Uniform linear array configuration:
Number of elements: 4
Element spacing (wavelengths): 0.25
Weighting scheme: exponential
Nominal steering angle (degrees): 15
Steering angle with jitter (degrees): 13.655
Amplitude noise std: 0.05
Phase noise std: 0.05

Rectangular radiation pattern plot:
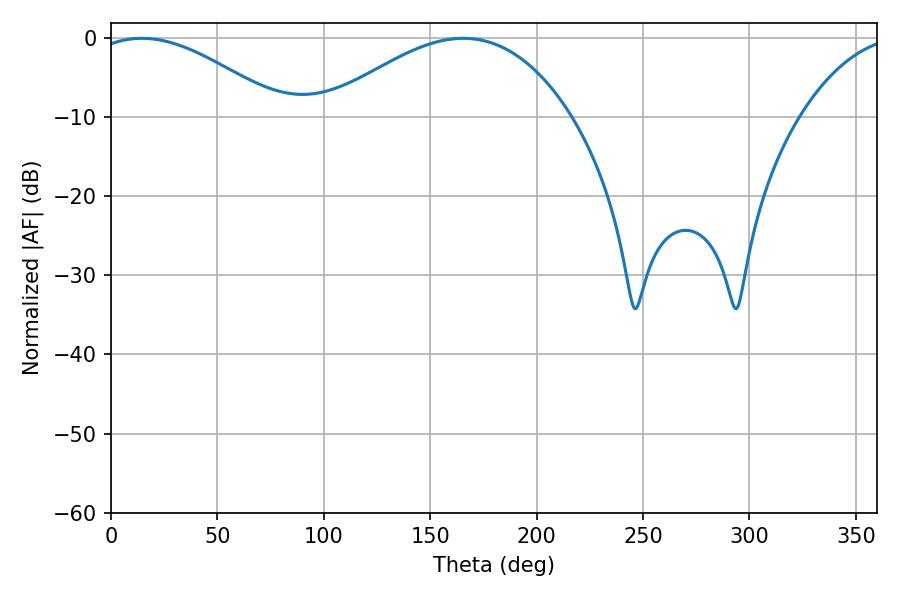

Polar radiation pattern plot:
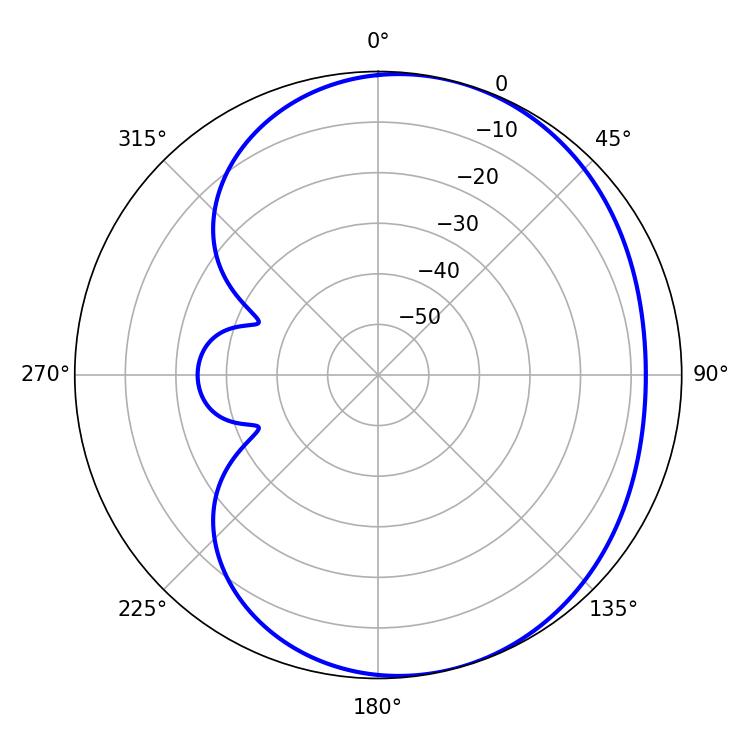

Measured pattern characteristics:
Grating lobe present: FALSE
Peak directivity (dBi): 4.159
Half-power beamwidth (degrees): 49.32
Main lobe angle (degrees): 14.4